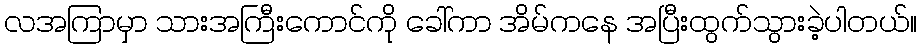
လအကြာမှာ သားအကြီးကောင်ကို ခေါ်ကာ အိမ်ကနေ အပြီးထွက်သွားခဲ့ပါတယ်။